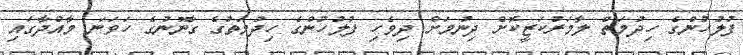
ފުލުހުންގެ ހިދުމަތް ލާމަރުކަޒީކޮށް ދިނުމަށް ދިވެހި ފުލުހުންގެ ހިދުމަތުގެ ގާނޫނުގެ ހަވަނަ މާއްދާގައި